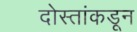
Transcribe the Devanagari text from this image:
दोस्तांकडून